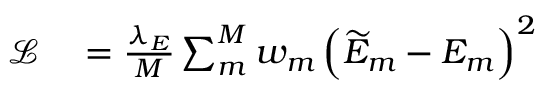
\begin{array} { r l } { \mathcal { L } } & { { } = \frac { \lambda _ { E } } { M } \sum _ { m } ^ { M } w _ { m } \left( \widetilde { E } _ { m } - E _ { m } \right) ^ { 2 } } \end{array}